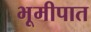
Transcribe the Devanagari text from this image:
भूमीपात